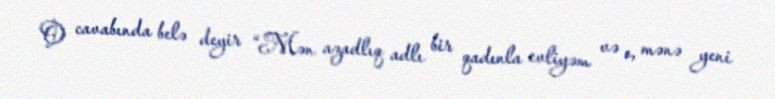
O cavabında belə deyir “Mən azadlıq adlı bir qadınla evliyəm və o, mənə yeni